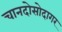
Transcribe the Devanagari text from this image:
चानदोसोदागर